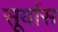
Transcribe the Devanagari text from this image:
सूर्यास